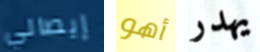
إيصالي أهو يهدر